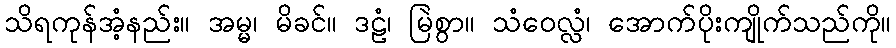
သိရကုန်အံ့နည်း။ အမ္မ၊ မိခင်။ ဒဠံ၊ မြဲစွာ။ သံဝေလ္လံ၊ အောက်ပိုးကျိုက်သည်ကို။